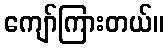
ကျော်ကြားတယ်။